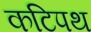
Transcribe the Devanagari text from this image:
कटिपथ